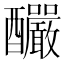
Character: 釅